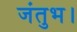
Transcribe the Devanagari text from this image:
जंतुभ।